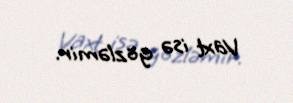
Vaxt isə gözləmir.